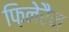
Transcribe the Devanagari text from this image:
फ़िनेरैन